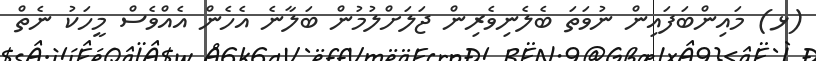
(ޅ) މައިންބަފައިން ނުވަތަ ބެލެނިވެރިން ޖަލަށްލުމުން ބަލާނެ އެހެން އެއްވެސް މީހަކު ނެތް